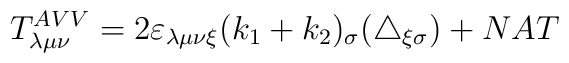
T^{AVV}_{\lambda\mu\nu}=2\varepsilon_{\lambda\mu\nu\xi}(k_1+k_2)_\sigma(\triangle_{\xi\sigma})+NAT